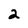
Character: 2